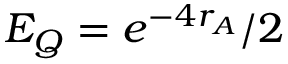
E _ { Q } = e ^ { - 4 r _ { A } } / 2